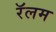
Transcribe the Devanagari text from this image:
रॅलम